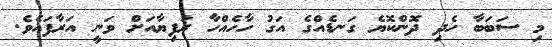
މި ސަބަބާ ހެދި ދޮންކޮޔެ ގަނޑެއްގެ އަގު ހާހެއްހާ ރުފިޔާއަށް ވަނީ އަރާފައެވެ.